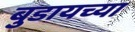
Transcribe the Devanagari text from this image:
बुडायच्या